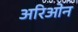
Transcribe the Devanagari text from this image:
अरिओन